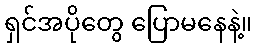
ရှင်အပိုတွေ ပြောမနေနဲ့။